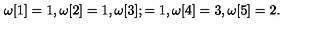
\omega [ 1 ] = 1 , \omega [ 2 ] = 1 , \omega [ 3 ] ; = 1 , \omega [ 4 ] = 3 , \omega [ 5 ] = 2 .